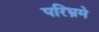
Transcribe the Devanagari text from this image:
परिभ्रमे